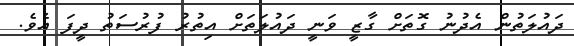
ދައުލަތުން އެދުނު ގޮތަށް ގާޒީ ވަނީ ދައުލަތަށް އިތުރު ފުރުސަތު ދީފަ އެވެ.